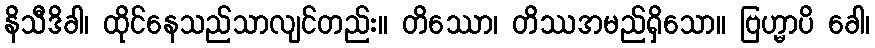
နိသီဒိခါ၊ ထိုင်နေသည်သာလျင်တည်း။ တိဿော၊ တိဿအမည်ရှိသော။ ဗြဟ္မာပိ ခေါ၊